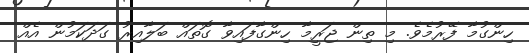
ހިންގުމާ ފޭރުމެވެ. މި ތިން ޖަރީމާ ހިންގާފައިވާ ގޮތައް ބަލާއިރު ގަދަކަމުން އެއް